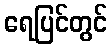
ရေပြင်တွင်